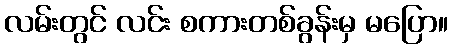
လမ်းတွင် လင်း စကားတစ်ခွန်းမှ မပြော။